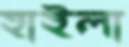
হাইলা